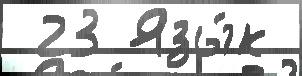
 23 Язы́к